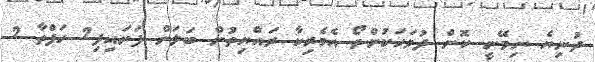
ދުނިޔެ ނިމޭނީ ކޮން ދުވަހަކުންތޯ އެމެރިކާ ރައްޔިތުން ބަލަން ފަށައިފި2 ހަފްތާ 2